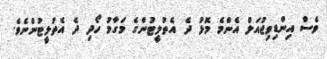
ވެސް އިންޑިވިޖުއަލް އެންމެ މޮޅު ދެ އެތުލީޓުންގެ މަގާމު ހޯދި ދެ އެތުލީޓުންނެވެ.